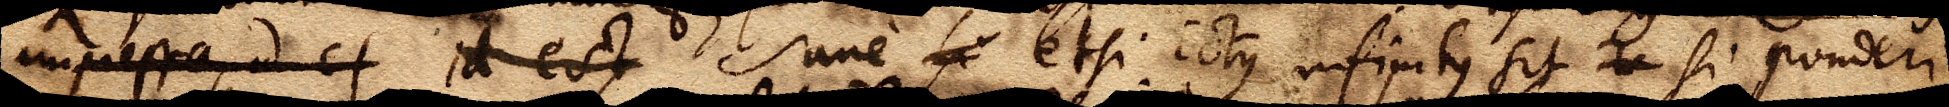
impressa, id est id est sane si etsi ictus infinitus sit xx si ponderi